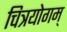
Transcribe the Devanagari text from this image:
चित्रयोगम्